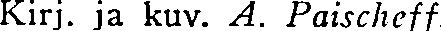
Kirj. ja kuv. A. Paischeff